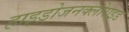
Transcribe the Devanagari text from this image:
हाइड्रोजनक्लोराइड